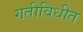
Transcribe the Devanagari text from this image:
गतीविधीत